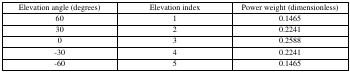
<table><thead><tr><td><b>Elevation angle (degrees)</b></td><td><b>Elevation index</b></td><td><b>Power weight (dimensionless)</b></td></tr></thead><tbody><tr><td>60</td><td>1</td><td>0.1465</td></tr><tr><td>30</td><td>2</td><td>0.2241</td></tr><tr><td>0</td><td>3</td><td>0.2588</td></tr><tr><td>−30</td><td>4</td><td>0.2241</td></tr><tr><td>−60</td><td>5</td><td>0.1465</td></tr></tbody></table>